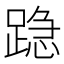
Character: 𰸣